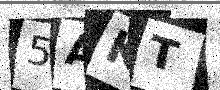
Text: 5AKT